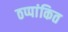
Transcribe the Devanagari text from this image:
ठप्पांकित